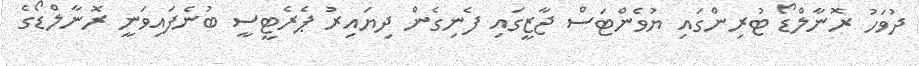
ދުވަހު ރޮނާލްޑޯ ޓުރިންގައި ޔުވެންޓަސް ޖާޒީގައި ފެނިގެން ދިޔައިރު ޕެރެޓީސީ ބުނެފައިވަނީ ރޮނާލްޑޯގެ